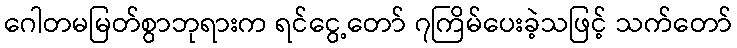
ဂေါတမမြတ်စွာဘုရားက ရင်ငွေ့တော် ၇ကြိမ်ပေးခဲ့သဖြင့် သက်တော်